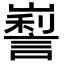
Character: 𡽜